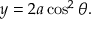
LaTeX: y = 2 a \cos ^ { 2 } \theta .